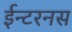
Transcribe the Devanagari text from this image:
ईन्टरनस